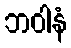
ဘဝါနံ